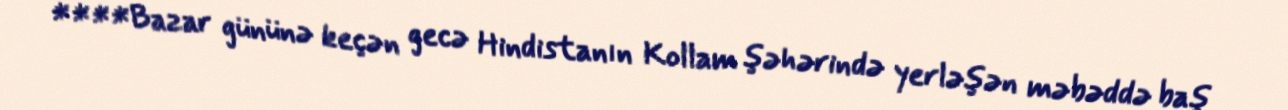
****Bazar gününə keçən gecə Hindistanın Kollam şəhərində yerləşən məbəddə baş